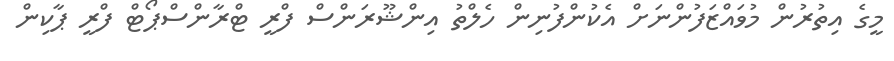
މީގެ އިތުރުން މުވައްޒަފުންނަށް އެކުންފުނިން ހެލްތު އިންޝޫރަންސް ފްރީ ޓްރާންސްޕޯޓް ފްރީ ޕާކިން